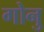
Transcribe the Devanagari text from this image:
गोनु